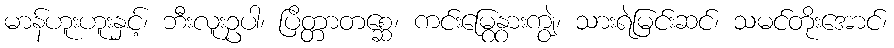
မာန်ဟူးဟူးနှင့်၊ ဘီးလူးဥပါ၊ ပြိတ္တာတစ္ဆေ၊ ကင်းမြွေနွားကျွဲ၊ သားရဲမြင်းဆင်၊ သမင်တိုးအောင်၊